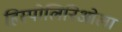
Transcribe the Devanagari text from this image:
हिस्पोलिनिओला